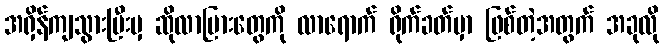
အရှိန်ကျသွားပြီးမှ ဆိုလာပြားတွေကို လာရောက် ရိုက်ခတ်မှာ ဖြစ်တဲ့အတွက် အခုလို